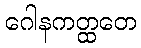
ဂေါနကတ္ထတေ